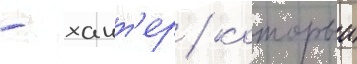
- хант'ер / которыи